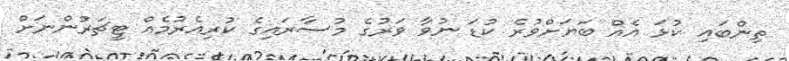
ތިންބައި ކުޅަ އެއް ބަޔަށްވުރެ ކުޑަ ނުވާ ވަރުގެ މުސާރައިގެ ކުރިއެރުމެއް ޓީޗަރުންނަށް